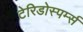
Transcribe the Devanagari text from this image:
टेरिडोस्पर्म्स